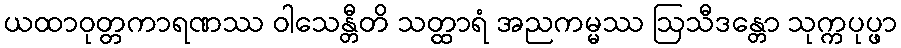
ယထာဝုတ္တကာရဏဿ ဝါသေန္တီတိ သတ္ထာရံ အညကမ္မဿ ဩသီဒန္တော သုက္ကပုပ္ဖာ